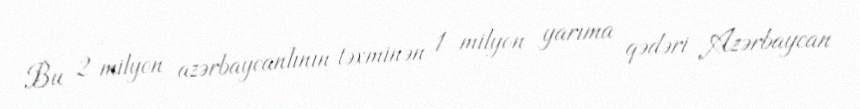
Bu 2 milyon azərbaycanlının təxminən 1 milyon yarıma qədəri Azərbaycan